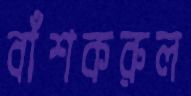
বাঁশকরুল